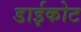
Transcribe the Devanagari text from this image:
डाईकोट